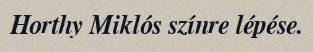
Horthy Miklós színre lépése.